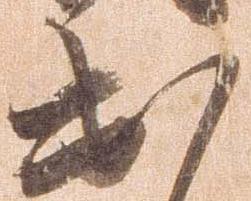
出